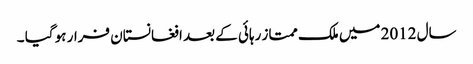
سال 2012 میں ملک ممتاز رہائی کے بعد افغانستان فرار ہو گیا ۔